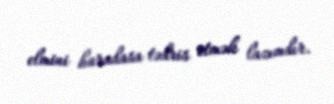
elmini haradasa tədris etmək lazımdır.